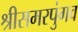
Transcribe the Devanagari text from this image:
श्रीसमरपुंगव